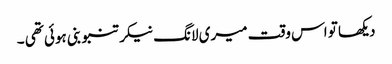
دیکھا تو اس وقت میری لانگ نیکر تنبو بنی ہوئی تھی ۔